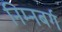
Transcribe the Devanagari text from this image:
निम्नबर्ग